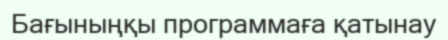
Бағыныңқы программаға қатынау